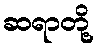
ဆရာတို့